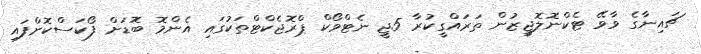
ޗައިނާގެ ވާވޭ ޓެކްނޮލޮޖީޒުން ތަރައްގީކުރާ 5ޖީ ނެޓްވޯކް ޕްރޮޖެކްޓްތަކުގައި އެންމޮ ބޮޑަށް ފޯކަސްކޮށްފައި